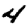
Digit: 4